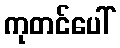
ကုတင်ပေါ်